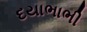
દયાભાભી